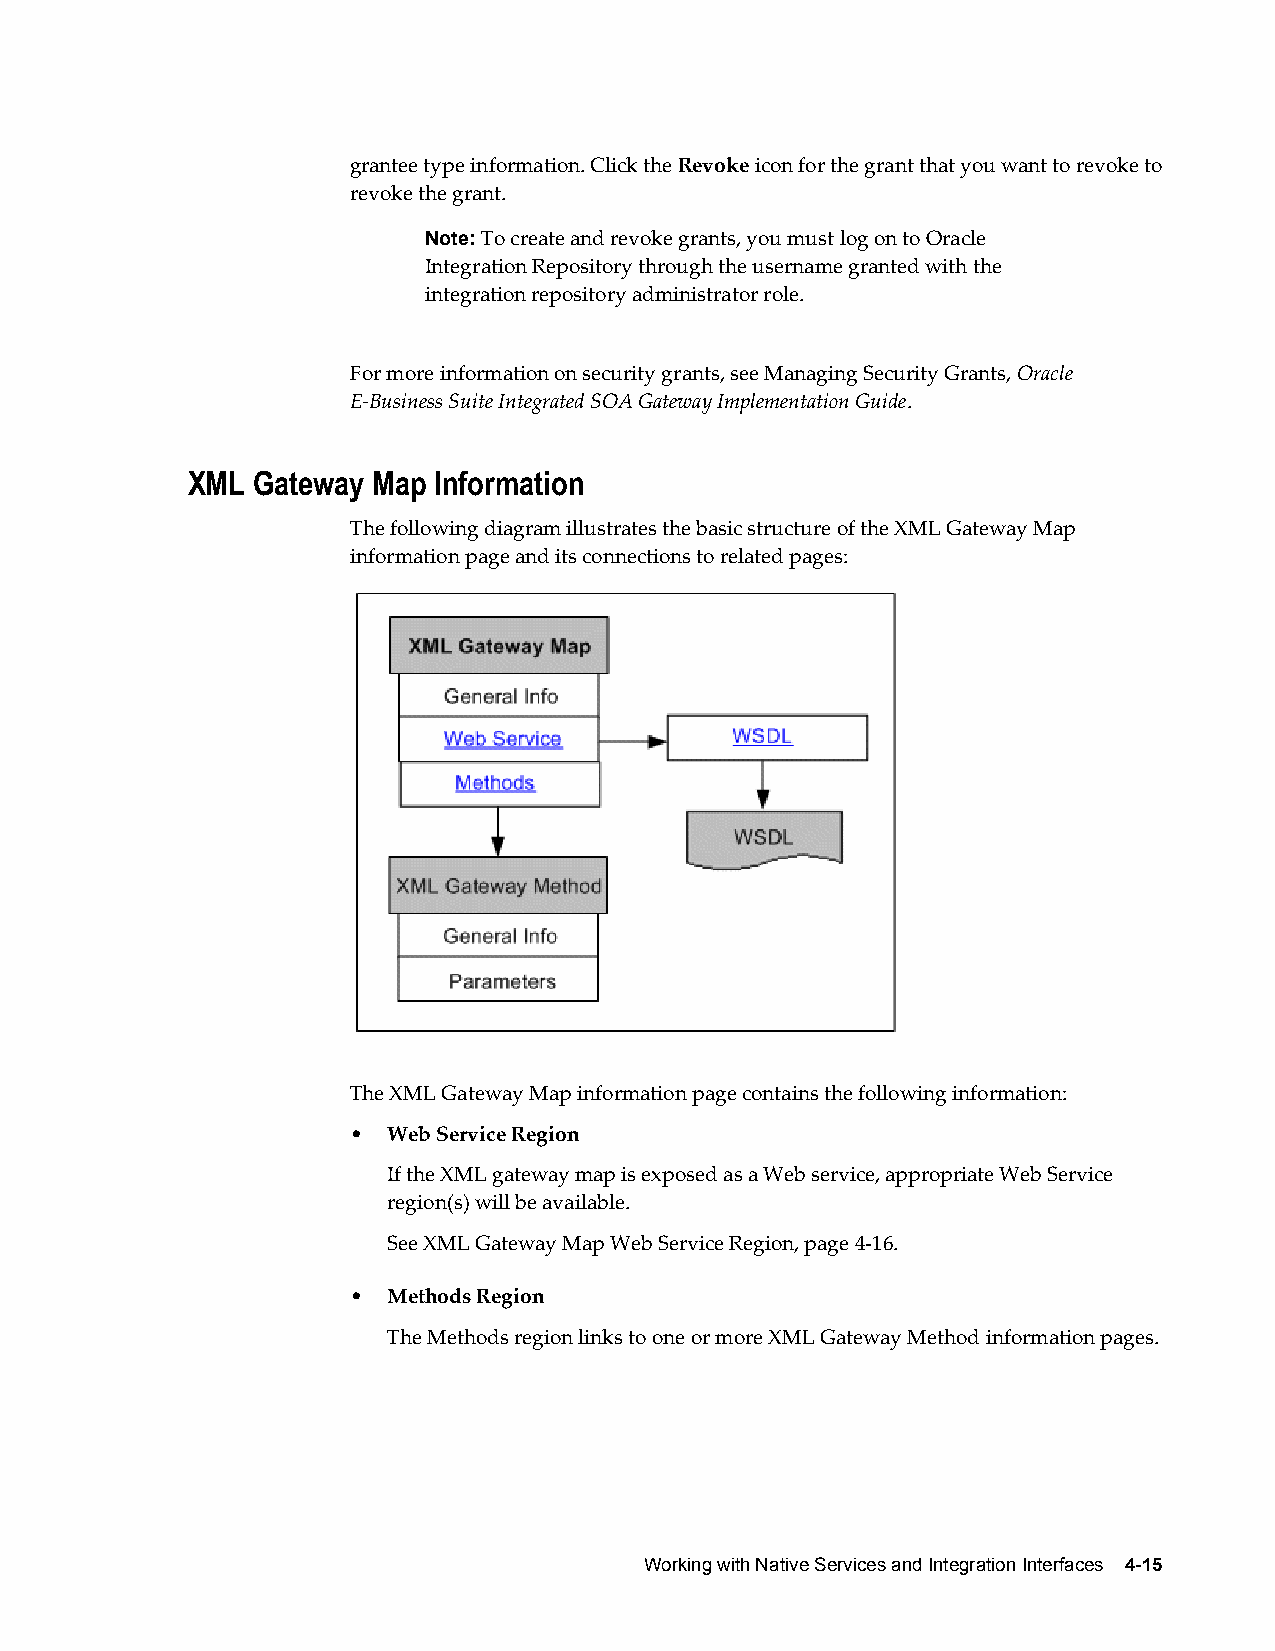
grantee type information. Click the Revoke icon for the grant that you want to revoke to
 revoke the grant.
 Note: To create and revoke grants, you must log on to Oracle
 Integration Repository through the username granted with the
 integration repository administrator role.
 For more information on security grants, see Managing Security Grants, Oracle
 E-Business Suite Integrated SOA Gateway Implementation Guide.
 XML  Gateway Map Information
 The following diagram illustrates the basic structure of the XML Gateway Map
 information page and its connections to related pages:
 The XML Gateway Map information page contains the following information:
 •  Web Service Region
 If the XML gateway map is exposed as a Web service, appropriate Web Service
 region(s) will be available.
 See XML Gateway Map Web Service Region, page 4-16.
 •  Methods Region
 The Methods region links to one or more XML Gateway Method information pages.
 Working with Native Services and Integration Interfaces 4-15